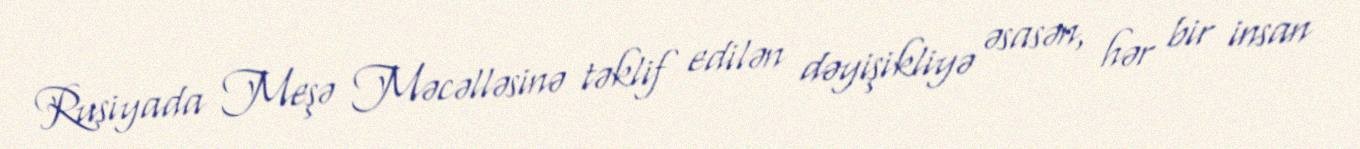
Rusiyada Meşə Məcəlləsinə təklif edilən dəyişikliyə əsasən, hər bir insan